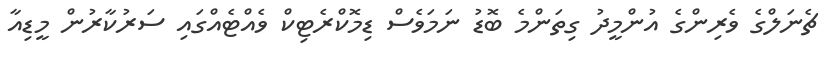
ޗެނަލްގެ ވެރިންގެ އުންމީދު ގިތަންމެ ބޮޑު ނަމަވެސް ޑިމޮކްރެޓިކް ވެއްޓެއްގައި ސަރުކާރުން މީޑިއާ